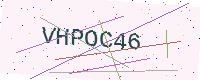
Text: VHPOC46